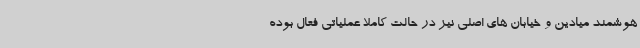
هوشمند میادین و خیابان های اصلی نیز در حالت کاملاً عملیاتی فعال بوده